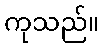
ကုသည်။